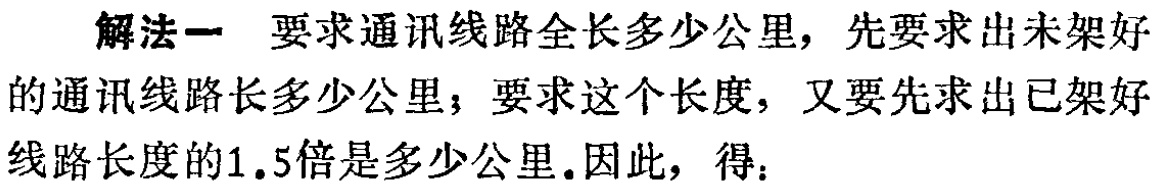
解法一 要求通讯线路全长多少公里，先要求出未架好的通讯线路长多少公里；要求这个长度，又要先求出已架好的通讯线路长多少公里；要求这个长度，又要先求出已架好线路长度的1.5倍是多少公里.因此，得：